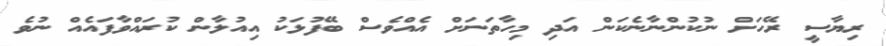
ރިޔާސީ ރޭހަށް ނުކުންނާނެކަން އަދި މިހާތަނަށް އެއްވެސް ބޭފުޅަކު އިއުލާން ކުރައްވާފައެއް ނުވެ